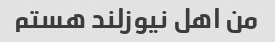
من اهل نیوزلند هستم